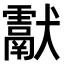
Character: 𤣉